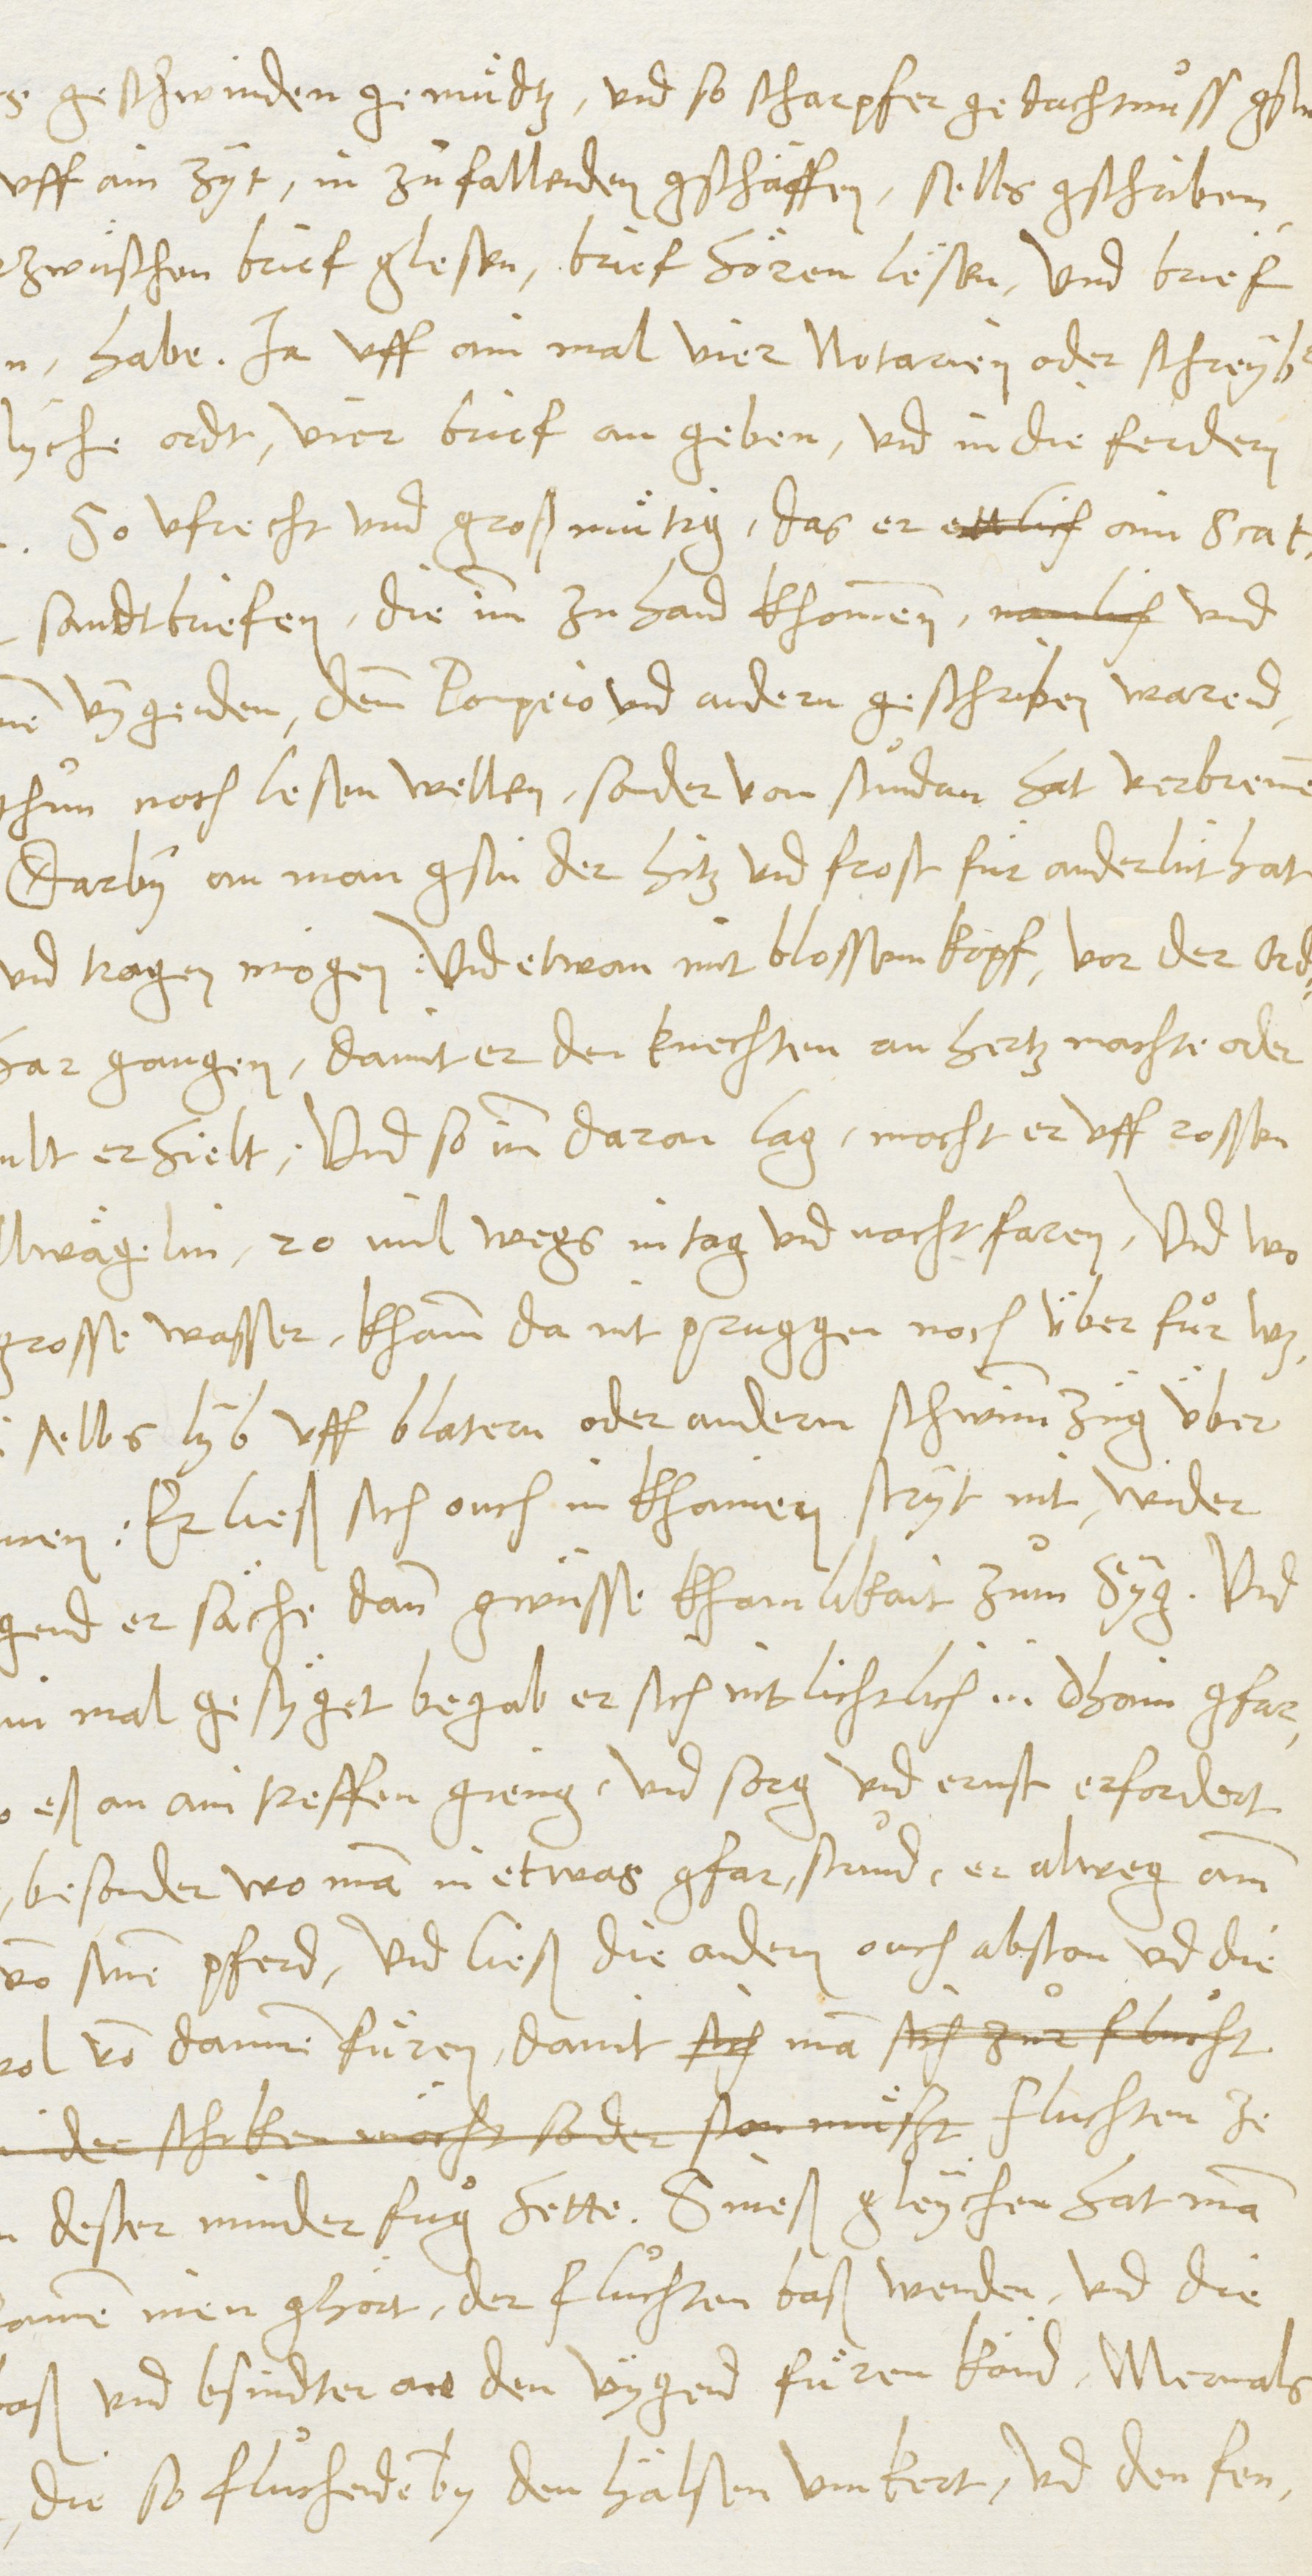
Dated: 1545–1546